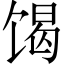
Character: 𮩝